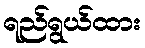
ရည်ရွယ်ထား